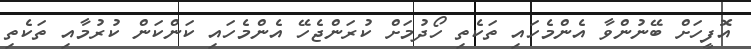
އޮފީހަށް ބޭނުންވާ އެންމެހައި ތަކެތި ހޯދުމަށް ކުރަންޖެހޭ އެންމެހައި ކަންކަން ކުރުމާއި ތަކެތި